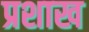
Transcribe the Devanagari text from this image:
प्रशाख